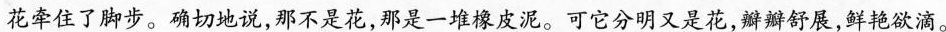
花牵住了脚步。确切地说,那不是花,那是一堆像皮泥。可它分明又是花,瓣瓣舒展,鲜艳欲滴。